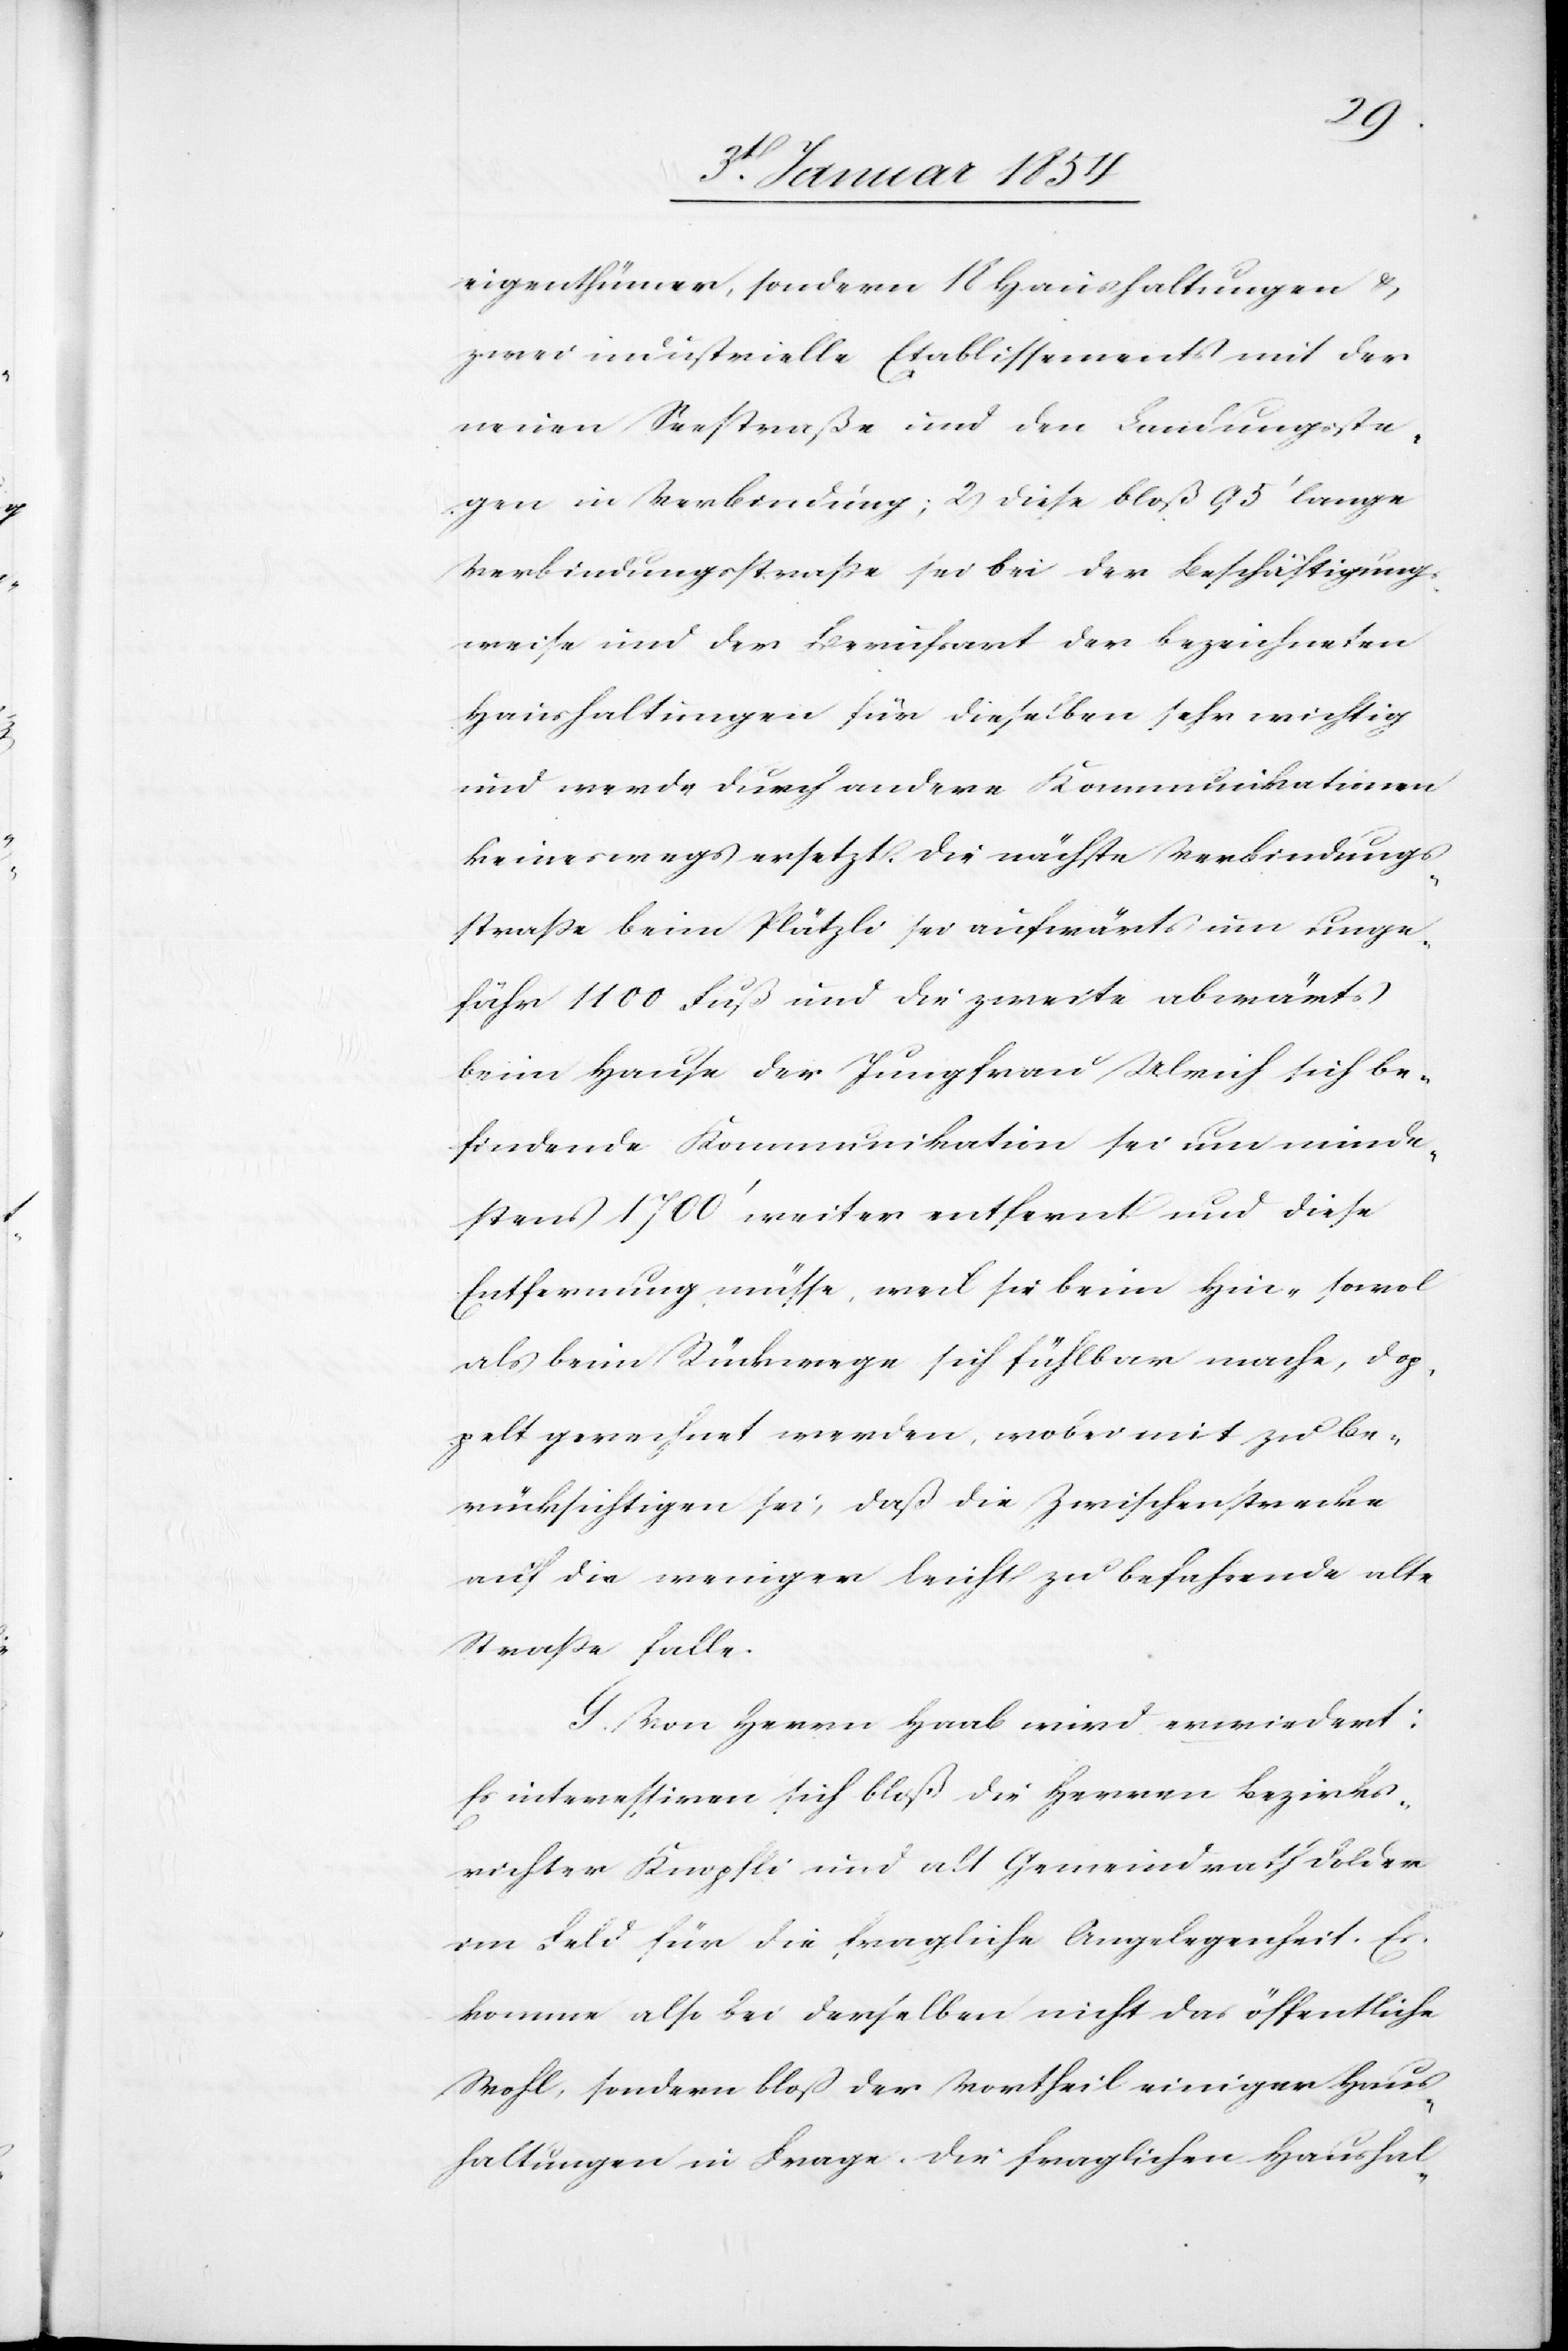
eigenthümer, sondern 18 Haushaltungen &
zwei industrielle Etablissements mit der
neuen Seestraße und den Landungsste¬
gen in Verbindung; 2) Diese bloß 95‘ lange
Verbindungsstraße sei bei der Beschäftigungs¬
weise und der Berufsart der bezeichneten
Haushaltungen für dieselben sehr wichtig
und werde durch andere Kommunikationen
keineswegs ersetzt. Die nächste Verbindungs¬
straße beim Plätzli sei aufwärts um unge¬
fähr 1100 Fuß und die zweite abwärts
beim Hause der Jungfrau Ulrich sich be¬
findende Kommunikation sei um minde¬
stens 1700‘ weiter entfernt und diese
Entfernung müsse, weil sie beim Hin- sowol
als beim Rückwege sich fühlbar mache, dop¬
pelt gerechnet werden, wobei mit zu be¬
rücksichtigen sei, daß die Zwischenstrecke
auf die weniger leicht zu befahrende alte
Straße falle.
G. Von Herrn Haab wird erwiedert:
Es interessiren sich bloß die Herren Bezirks¬
richter Knopfli und alt Gemeindrath Dolder
im Feld für die fragliche Angelegenheit. Es
komme also bei derselben nicht das öffentliche
Wohl, sondern bloß der Vortheil einiger Haus¬
haltungen in Frage. Die fraglichen Haushal-